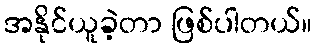
အနိုင်ယူခဲ့တာ ဖြစ်ပါတယ်။